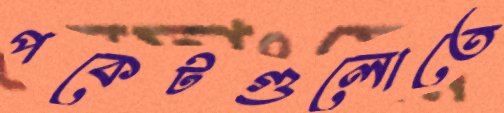
পকেটগুলোতে